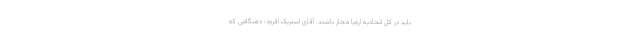
باید در کل اتحادیه اروپا مجاز باشند. آقای استریک افزود: «هنگامی که